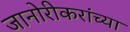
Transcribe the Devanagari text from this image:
जानोरीकरांच्या